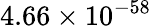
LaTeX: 4.66\times 10^{-58}